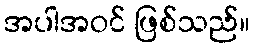
အပါအဝင် ဖြစ်သည်။